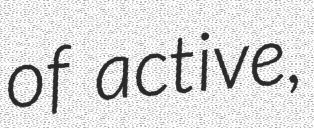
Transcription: of active,